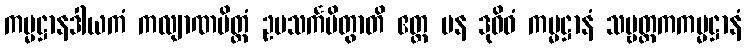
ကမ္မဋ္ဌာနဒါယကံ ကလျာဏမိတ္တံ ဥပသင်္ကမိတွာတိ ဧတ္ထ ပန ဒုဝိဓံ ကမ္မဋ္ဌာနံ သဗ္ဗတ္ထကကမ္မဋ္ဌာနံ